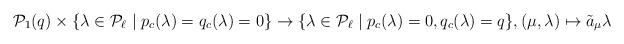
LaTeX: \begin{align*}\mathcal{P}_1(q)\times\{\lambda\in \mathcal{P}_\ell\mid p_c(\lambda)=q_c(\lambda)=0\}\rightarrow \{\lambda\in\mathcal{P}_\ell\mid p_c(\lambda)=0, q_c(\lambda)=q\}, (\mu,\lambda)\mapsto \tilde{a}_\mu\lambda\end{align*}